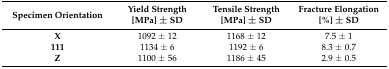
<table><thead><tr><td><b>Specimen Orientation</b></td><td><b>Yield Strength [MPa] ± SD</b></td><td><b>Tensile Strength [MPa] ± SD</b></td><td><b>Fracture Elongation [%] ± SD</b></td></tr></thead><tbody><tr><td><b>X</b></td><td>1092 ± 12</td><td>1168 ± 12</td><td>7.5 ± 1</td></tr><tr><td><b>111</b></td><td>1134 ± 6</td><td>1192 ± 6</td><td>8.3 ± 0.7</td></tr><tr><td><b>Z</b></td><td>1100 ± 56</td><td>1186 ± 45</td><td>2.9 ± 0.5</td></tr></tbody></table>